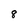
Character: 8